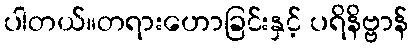
ပါတယ်။တရားဟောခြင်းနှင့် ပရိနိဗ္ဗာန်